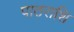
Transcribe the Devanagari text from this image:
पाठराशि